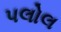
પલોલ